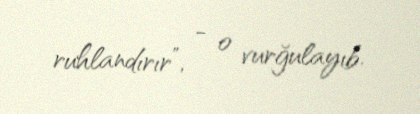
ruhlandırır”, - o vurğulayıb.